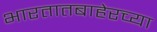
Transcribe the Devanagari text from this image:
भारतातबाहेरच्या